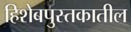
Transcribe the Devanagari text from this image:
हिशेबपुस्तकातील